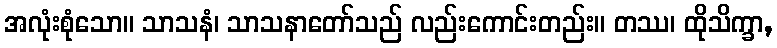
အလုံးစုံသော။ သာသနံ၊ သာသနာတော်သည် လည်းကောင်းတည်း။ တဿ၊ ထိုသိက္ခာ,